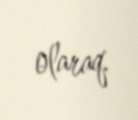
olaraq.